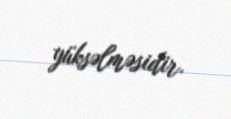
yüksəlməsidir.